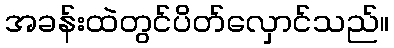
အခန်းထဲတွင်ပိတ်လှောင်သည်။